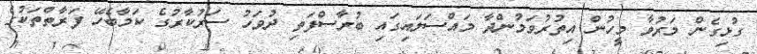
ގުޅިގެން މަރުވާ މީހުން އިތުރުވަމުންދާ މައްސަލައިގައި ބުރާސްފަތި ދުވަހު ސަރުކާރުގެ ކަމާބެހޭ ފަރާތްތަކުގެ